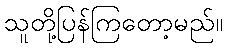
သူတို့ပြန်ကြတော့မည်။